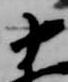
十